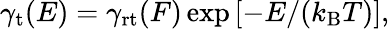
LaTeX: \begin{array}{r}{\gamma_{\mathrm{t}}(E)=\gamma_{\mathrm{rt}}(F)\exp\left[-E/(k_{\mathrm{B}}T)\right],}\end{array}